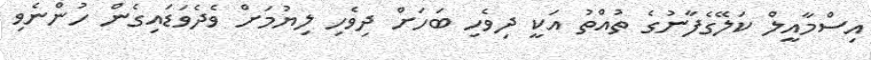
އިސްމާއީލް ކަލޭގެފާނުގެ ތުއްތު އަކީ ދިވެހި ބަހަށް ދިވެހި ލިޔުމަށް ވެދެވަޑައިގެން ހުންނެވި